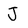
Character: J